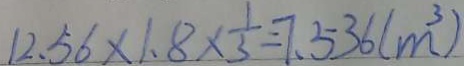
1 2 . 5 6 \times 1 . 8 \times \frac { 1 } { 3 } = 7 . 5 3 6 ( m ^ { 3 } )